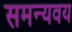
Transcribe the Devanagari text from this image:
समन्यवय